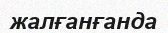
жалғанғанда